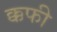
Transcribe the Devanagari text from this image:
क्कफी